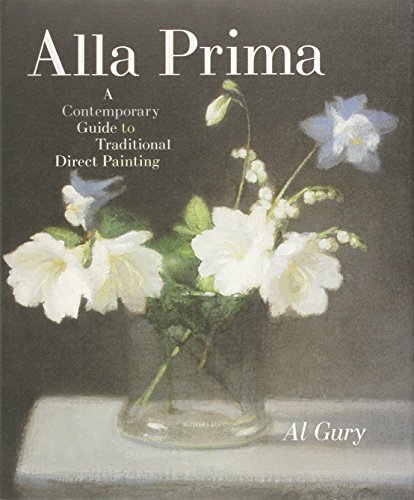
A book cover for Alla Prima: A Contemporary Guide to Traditional Direct Painting; Al Gury; Arts & Photography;